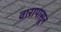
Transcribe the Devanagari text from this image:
वारापासून